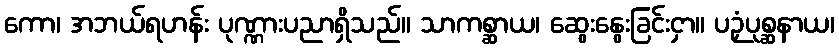
ကော၊ အဘယ်ရဟန်း ပုဏ္ဏားပညာရှိသည်။ သာကစ္ဆာယ၊ ဆွေးနွေးခြင်းငှာ။ ပဉှံပုစ္ဆနာယ၊